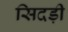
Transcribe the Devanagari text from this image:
सिदड़ी